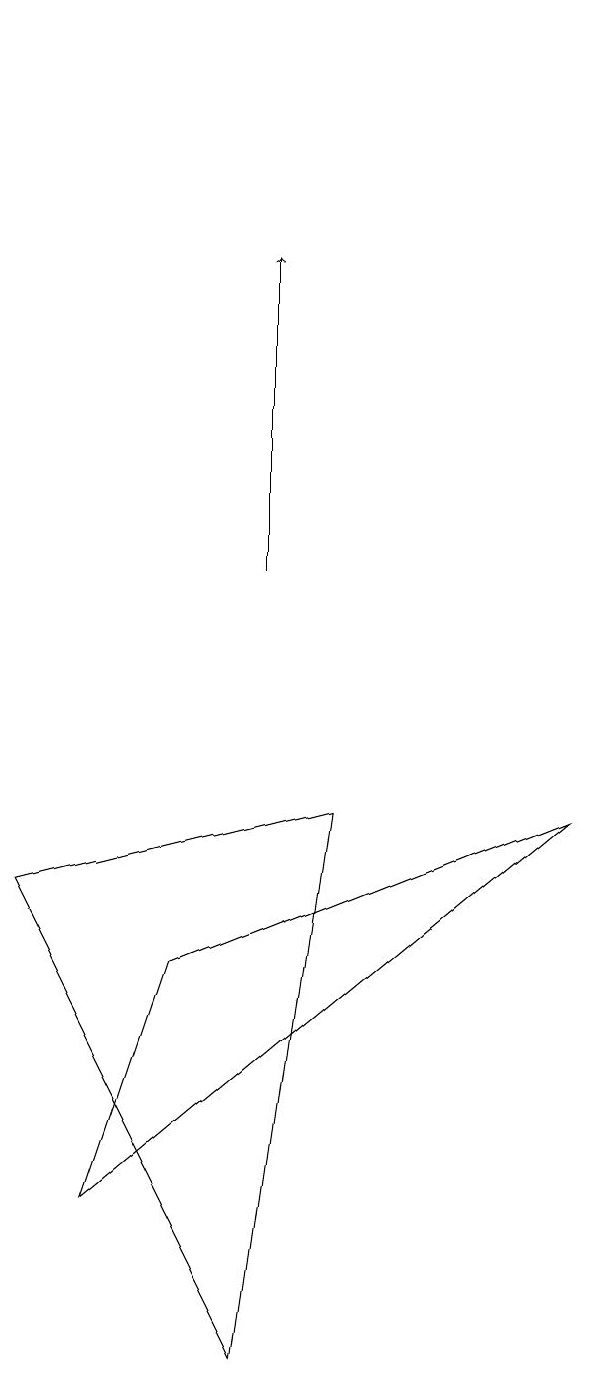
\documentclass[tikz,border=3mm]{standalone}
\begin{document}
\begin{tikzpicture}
\draw (1,4) -- (7,9) -- (2,7) -- cycle;
\draw (1,19) rectangle (1,19);
\draw[->] (3,12) -- (3,16);
\draw (4,9) -- (0,8) -- (3,2) -- cycle;
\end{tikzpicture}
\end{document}